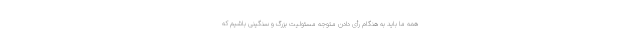
همه ما باید به هنگام رأی دادن متوجه مسئولیت بزرگ و سنگینی باشیم که